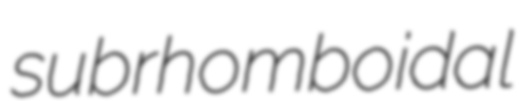
subrhomboidal